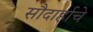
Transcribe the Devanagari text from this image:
सौदार्हाचे